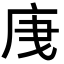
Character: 𭙙